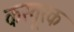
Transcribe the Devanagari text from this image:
कस्तूरक